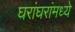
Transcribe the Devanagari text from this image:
घरांघरांमध्ये